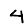
Digit: 4